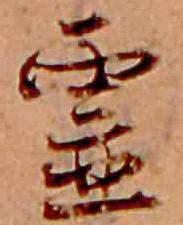
霊